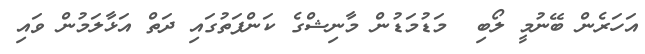
އަހަރެން ބޭނުމީ ލޯބި  މަޑުމަޑުން މާނިޝްގެ ކަންފަތުގައި ދަތް އަޅާލަމުން ވައި